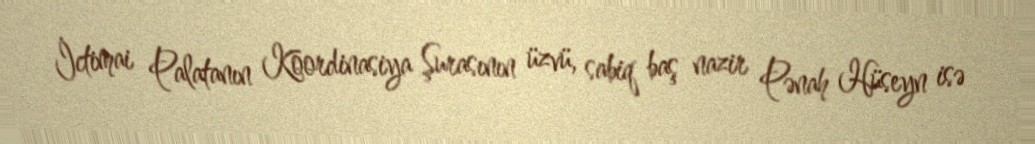
İctimai Palatanın Koordinasiya Şurasının üzvü, sabiq baş nazir Pənah Hüseyn isə